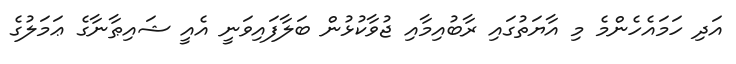
އަދި ހަމައެހެންމެ މި އާޔަތުގައި ރާބުއިމާއި ޖުވާކުޅުން ބަލާފައިވަނީ އެއީ ޝައިޠާނާގެ ޢަމަލުގެ